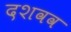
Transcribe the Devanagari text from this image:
दशवव